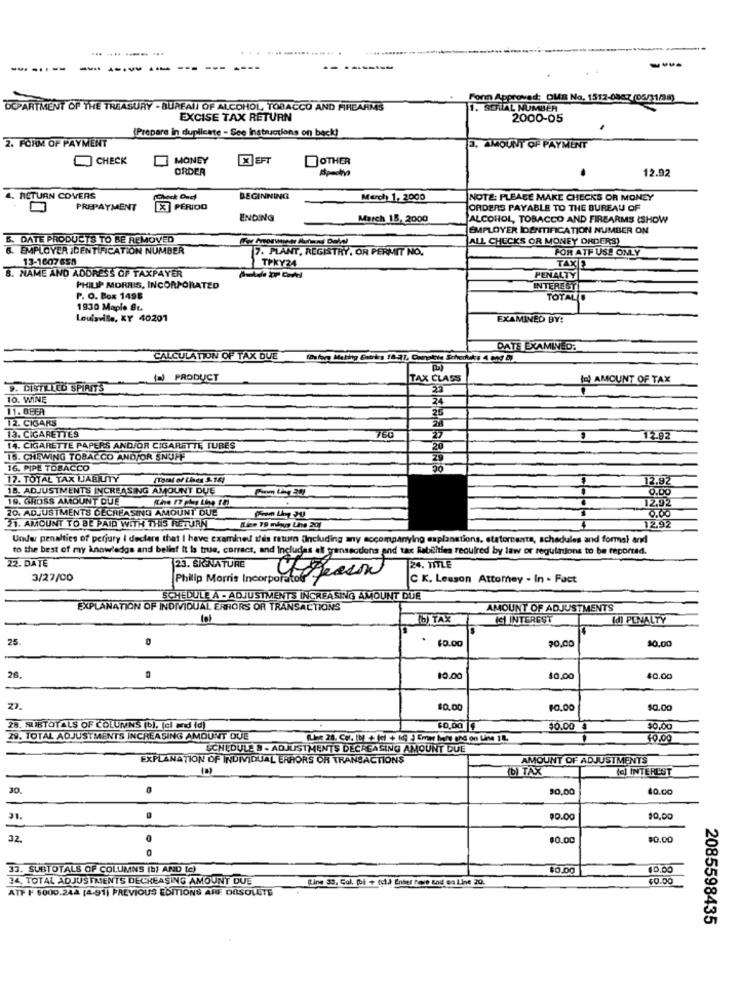
... .... ..... ...
-------
-----
Forn Approved: DMI No, 1512-0883 (05/31/98)
DEPARTMENT OF THE TREASURY - BUREALL OF ALCOHOL, TOBACCO AND FIREARMS
1. SERIAL NUMBER
EXCISE TAX RETURN
2000-05
(Prepare in duplicate - See Instructions on back!
2. FORM OF PAYMENT
3. AMOUNT OF PAYMENT
CHECK
MONEY
[X EFT
OTHER
ORDER
Aposto
12.92
4. RETURN COVERS
BEGINNING
Merch 1, 2000
NOTE: PLEASE MAKE CHECKS OR MONEY
PREPAYMENT
PERIOD
ORDERS PAYABLE TO THE BUREAU OF
ENDING
March 18, 2000
ALCOHOL, TOBACCO AND FIREARMS (SHOW
EMPLOYER IDENTIFICATION NUMBER ON
B. DATE PRODUCTS TO BE REMOVED
ALL CHECKS OR MONEY ORDERS)
6. EMPLOYER IDENTIFICATION NUMBER
7. PLANT, REGISTRY, OR PERMIT NO.
FOR ATF USE ONLY
13-1607658
8. NAME AND ADDRESS OF TAXPAYER
TPKY24
TAXE
PENALTY
PHILIP MORRIS, INCORPORATED
INTEREST
P. O. Box 1498
TOTALD
1930 Maple St.
Louisville, KY 40201
EXAMINED BY:
DATE EXAMINED:
CALCULATION OF TAX DUE
(2) PRODUCT
TAX CLASS
fel AMOUNT OF TAX
9. DISTILLED SPIRITS
10. WINĘ
24
11. BEER
12. CIGARS
13. CIGARETTES
760
12.92
14. CIGARETTE PAPERS AND/OR CIGARETTE TURES
20
16. CHEWING TOBACCO AND/OR SNUFF
16. PIPE TOBACCO
17. TOTAL TAX LIABILITY
(Tomat of Lies 3.14)
12.82
18. ADJUSTMENTS INCREASING AMOUNT DUE
0.00
19. GROSS AMOUNT DUE
12.92
20. ADJUSTMENTS DECREASING AMOUNT DUE
0.00
21. AMOUNT TO BE PAID WITH THIS RETURN
12.92
Under penalties of perjury I declare that I have examined s'ils return (Including any accompanying explanations, statorenta, schedules and formal and
to the best of my knowledge and beliaf It is true, correct, and Includes el transsotions and tax Rabilities required by law or regulations to be reported.
22. DATE
23. SIGNATURE
24. TITLE
3/27/00
Philip Morris Incorporato
C K. Lesson Attomey - In . Fact
SCHEDULE A . ADJUSTMENTS INCREASING AMOUNT DUE
EXPLANATION OF INDIVIDUAL ERRORS OR TRANSACTIONS
AMOUNT OF ADJUSTMENTS
b) TAX
(G) INTEREST
IdI PENALTY
25
$0.00
20,00
10.00
20.
10.00
10,00
$0.00
$0.00
$0,00
28. SUBTOTALS OF COLUMNS (b), (cl med (d)
$0,00 |f
$0.00
$0.00
29. TOTAL ADJUSTMENTS INCREASING AMOUNT DUE
SCHEDULE B . ADJUSTMENTS DECREASING AMOUNT DUE
EXPLANATION OF INDIVIDUAL ERHORS OR TRANSACTIONS
AMOUNT OF ADJUSTMENTS
DI TAX
(C) INTEREST
30
$0,00
40.00
31.
$0.00
$0,00
32
$0.00
$0.00
33. SUBTOTALS OF COLUMNS [b] AND (c)
40.00
34, TOTAL ADJUSTMENTS DECREASING AMOUNT DUE
Eine 33, Col. foi + (:1.) Entes rose and es Line 20.
$0.00
ATF F 6000.244 [4-91) PREVIOUS EDITIONS ARF DOSOLGTE
2085598435